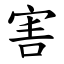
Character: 害